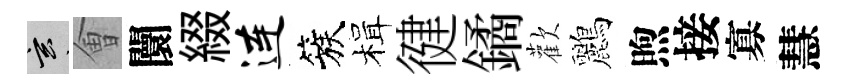
玄㑹闤綴连簇楫徤鐍歡鸝煦接寡慧